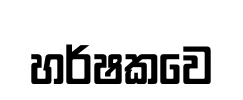
හර්ෂකවෙ